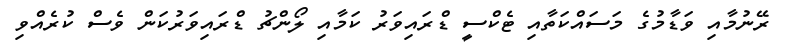
ރޭނުމާއި ވަޑާމުގެ މަސައްކަތާއި ޓެކްސީ ޑްރައިވަރު ކަމާއި ލޯންޗު ޑްރައިވަރުކަން ވެސް ކުރެއްވި